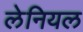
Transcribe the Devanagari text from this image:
लेनियल